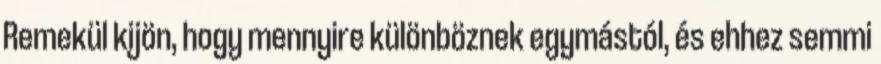
Remekül kijön, hogy mennyire különböznek egymástól, és ehhez semmi